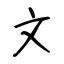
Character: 文